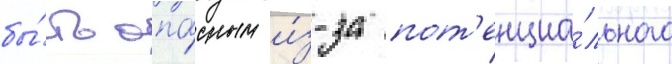
бы́ть опа́сным и́з-за пот'енциа́льного